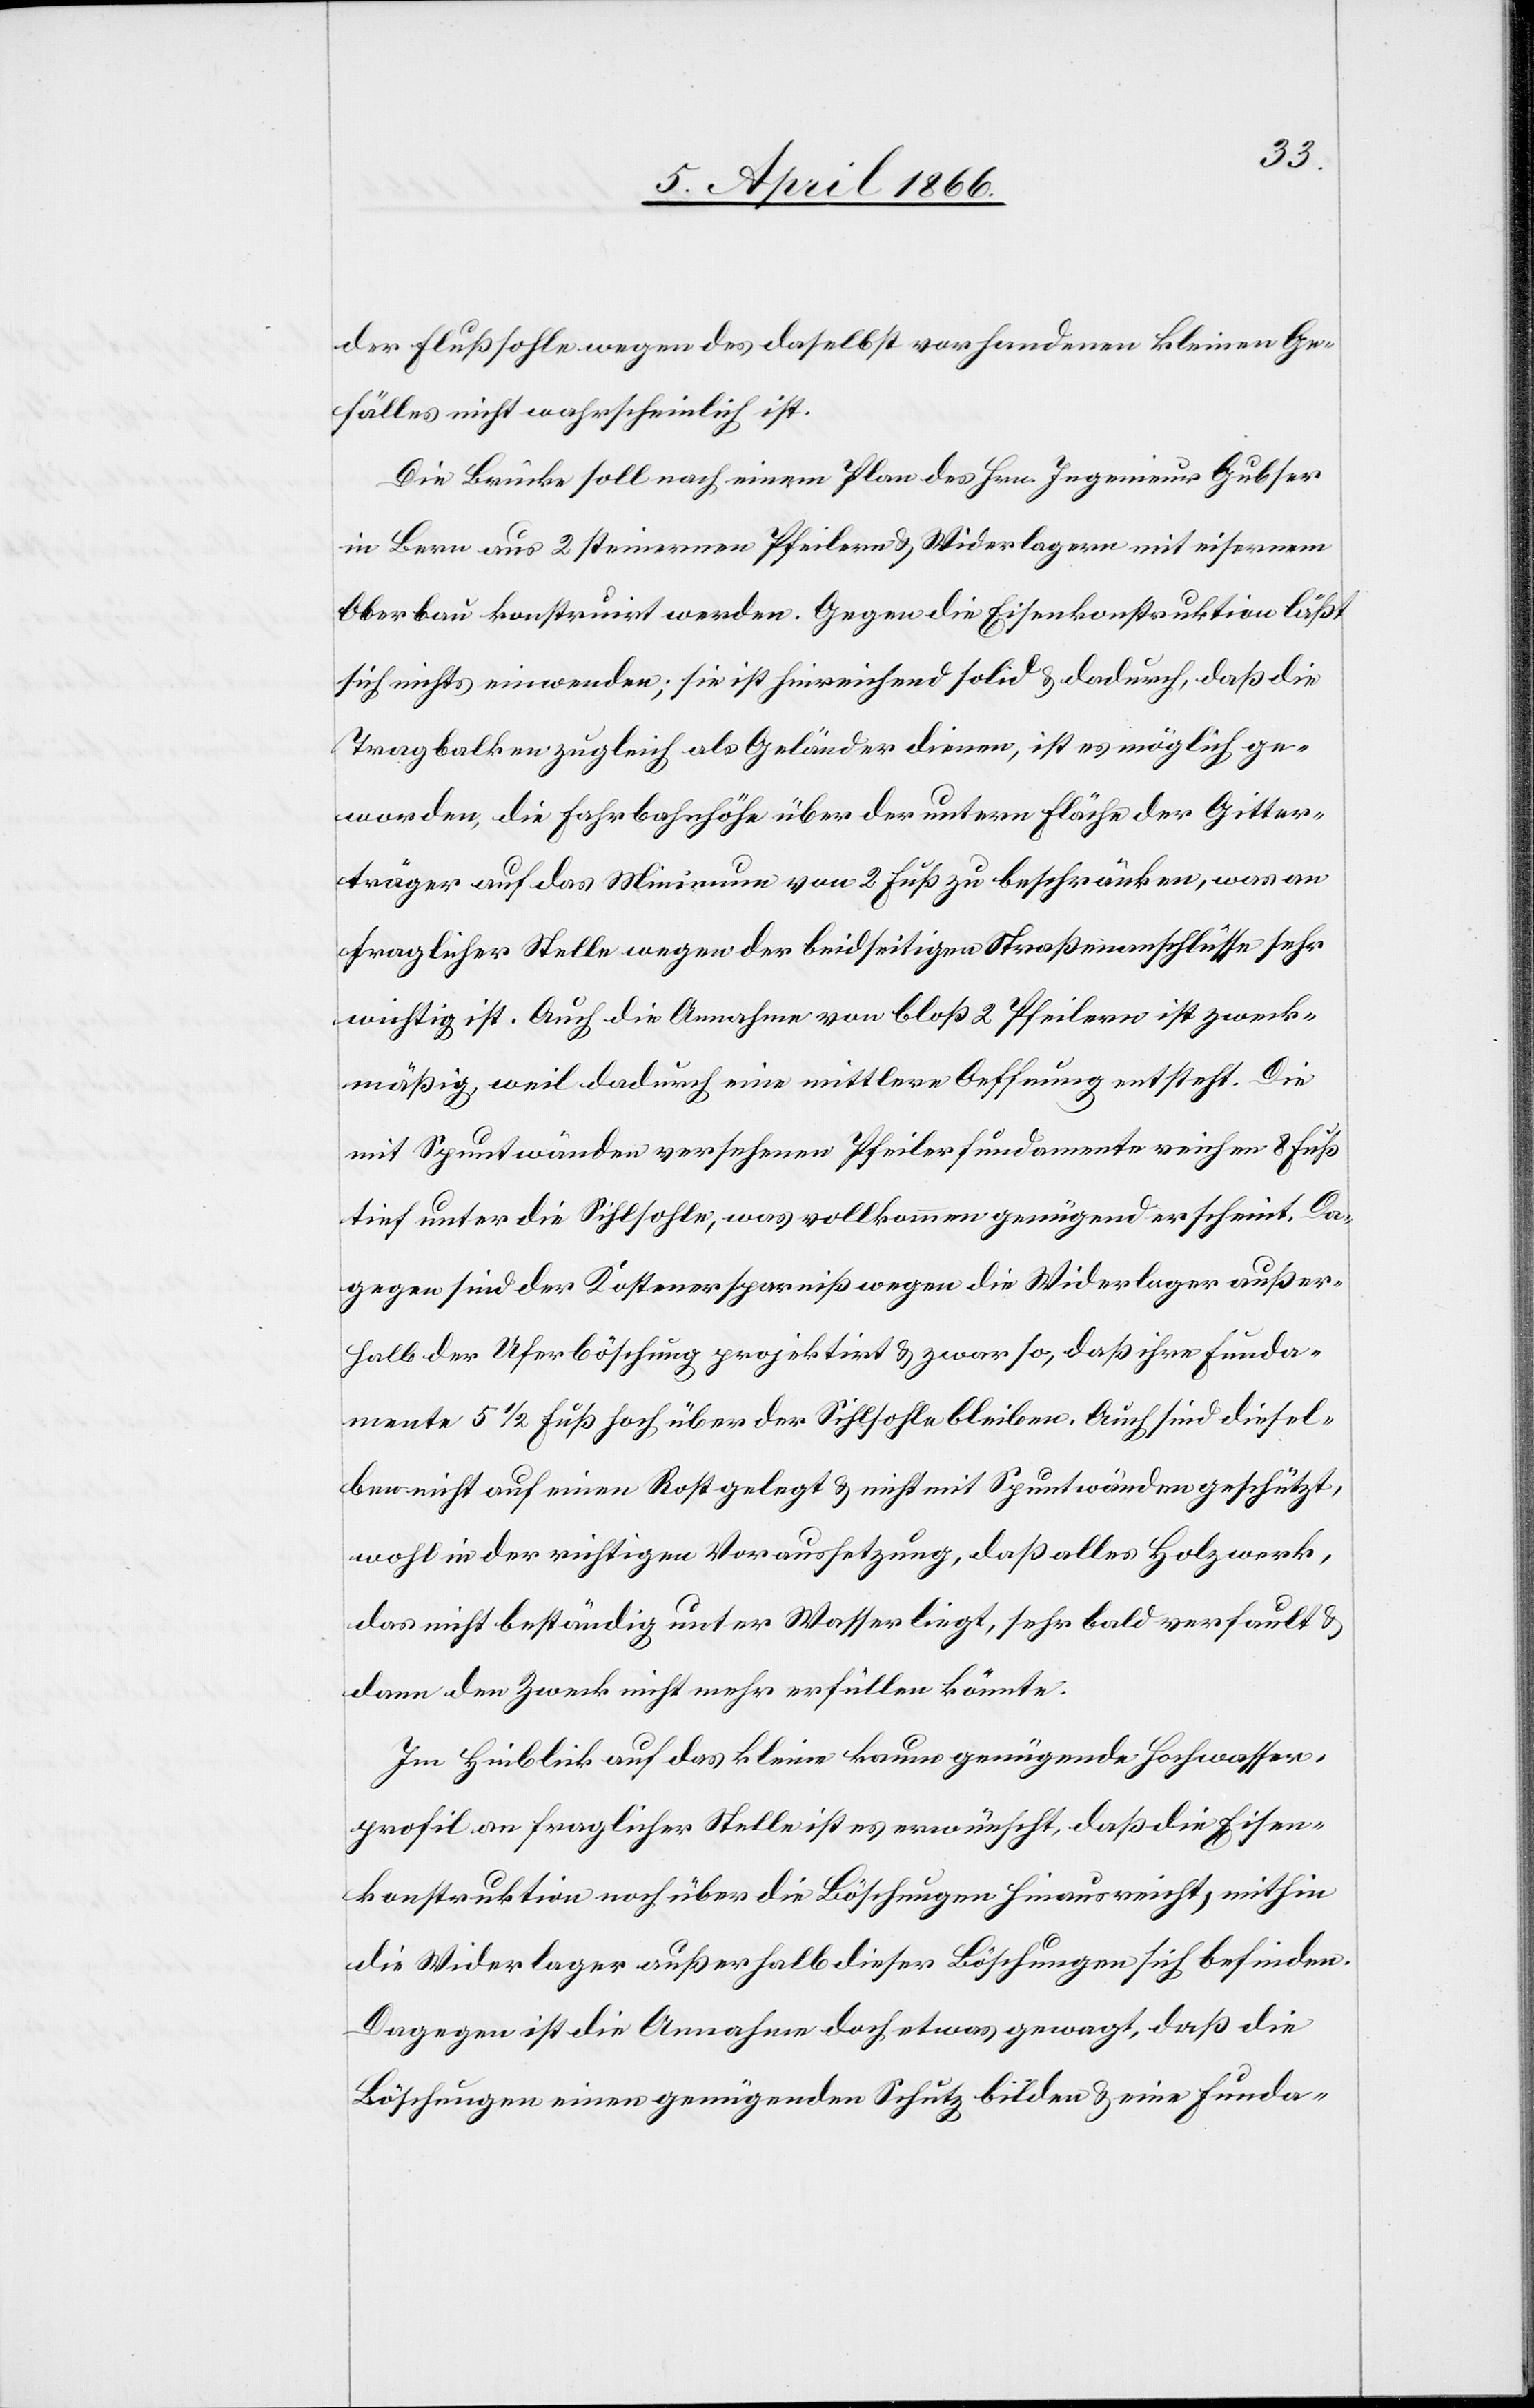
der Flußsohle wegen des daselbst vorhandenen kleinen Ge¬
fälles nicht wahrscheinlich ist.
Die Brücke soll nach einem Plan des Hrn. Ingenieur Gubser
in Bern aus 2 steinernen Pfeilern u. Widerlagern mit eisernem
Oberbau konstruirt werden. Gegen die Eisenkonstruktion läßt
sich nichts einwenden; sie ist hinreichend solid u. dadurch, daß die
Tragbalken zugleich als Geländer dienen, ist es möglich ge¬
worden, die Fahrbahnfläche über der untern Fläche der Gitter¬
träger auf das Minimum von 2 Fuß zu beschränken, was an
fraglicher Stelle wegen der beidseitigen Straßenanschlüsse sehr
wichtig ist. Auch die Annahme von bloß 2 Pfeilern ist zweck¬
mäßig, weil dadurch eine mittlere Oeffnung entsteht. Die
mit Spuntwänden versehenen Pfeilerfundamente reichen 8 Fuß
tief unter die Sihlsohle, was vollkommen genügend erscheint. Da¬
gegen sind der Kostenersparniß wegen die Widerlager außer¬
halb der Uferböschung projektirt u. zwar so, daß ihre Funda¬
mente 5 1/2 Fuß hoch über der Sihlsohle bleiben. Auch sind diesel¬
ben nicht auf einen Rost gelegt u. nicht mit Spuntwänden geschützt,
wohl in der richtigen Voraussetzung, daß alles Holzwerk,
das nicht beständig unter Wasser liegt, sehr bald verfault u.
dann den Zweck nicht mehr erfüllen könnte.
Im Hinblick auf das kleine kaum genügende Hochwasser¬
profil an fraglicher Stelle ist es erwünscht, daß die Eisen¬
konstruktion noch über die Böschungen hinausreicht, mithin
die Widerlager außerhalb dieser Böschungen sich befinden.
Dagegen ist die Annahme doch etwas gewagt, daß die
Böschungen einen genügenden Schutz bilden u. eine Funda-